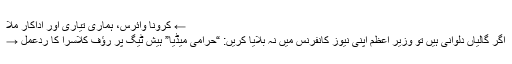
← کرونا وائرس، ہماری تیاری اور اداکار مُلا
اگر گالیاں دلوانی ہیں تو وزیر اعظم اپنی نیوز کانفرنس میں نہ بلایا کریں: “حرامی میڈیا” ہیش ٹیگ پر رﺅف کلاسرا کا ردعمل →